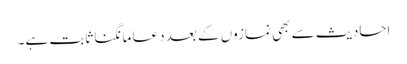
احادیث سے بھی نمازوں کے بعد دعا مانگنا ثابت ہے۔